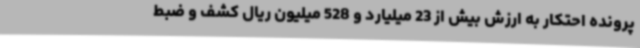
پرونده احتکار به ارزش بیش از 23 میلیارد و 528 میلیون ریال کشف و ضبط